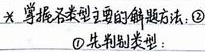
求幂指类型主要的解题方法：
\textcircled{1} 先判别类型；
\textcircled{2}